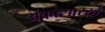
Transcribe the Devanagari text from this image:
अंकासारखे